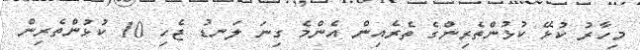
މިހާރު ކުޅޭ ކުޅުންތެރިންގެ ތެރެއިން އެންމެ ގިނަ ލަނޑު ޖެހި 10 ކުޅުންތެރިން